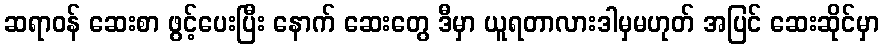
ဆရာဝန် ဆေးစာ ဖွင့်ပေးပြီး နောက် ဆေးတွေ ဒီမှာ ယူရတာလားဒါမှမဟုတ် အပြင် ဆေးဆိုင်မှာ